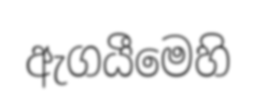
ඇගයීමෙහි